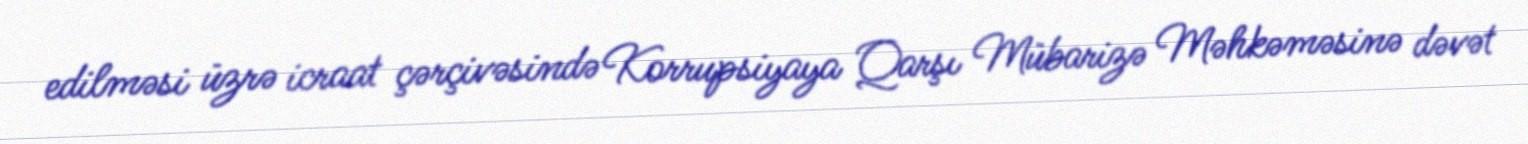
edilməsi üzrə icraat çərçivəsində Korrupsiyaya Qarşı Mübarizə Məhkəməsinə dəvət